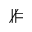
\nVDash